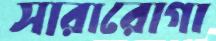
সারারোগা